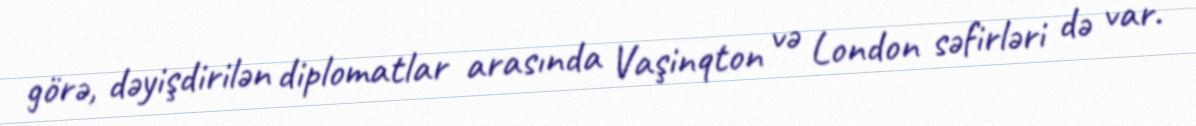
görə, dəyişdirilən diplomatlar arasında Vaşinqton və London səfirləri də var.